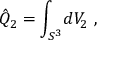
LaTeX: \hat { Q } _ { 2 } = \int _ { S ^ { 3 } } \! d V _ { 2 } \ ,